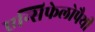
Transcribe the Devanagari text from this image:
एन्सिफेलोपैथी